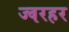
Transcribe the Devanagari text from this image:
ज्वरहर